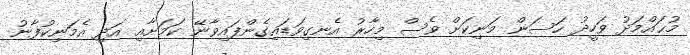
މުޙައްމަދު ވަހީދު ހަސަން މަނިކަށް ވެސް މިހާރު އެނގިވަޑައިގެންފައިވާނޭ ކަމަށާއި އަދި އެމަނިކުފާނު